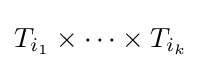
T_{i_{1}}\times \dots \times T_{i_{k}}